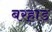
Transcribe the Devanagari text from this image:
बरहाड